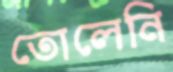
তোলেনি